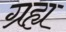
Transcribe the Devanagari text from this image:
ग्रह्य